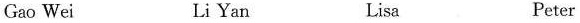
Gao Wei Li Yan Lisa Peter